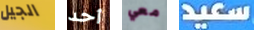
الجيل أحد معي سعيد